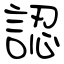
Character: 認